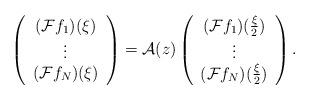
LaTeX: \begin{align*}\left ( \begin{array}{c} (\mathcal{F}f_{1})(\xi) \\ \vdots \\ (\mathcal{F}f_{N})(\xi) \end{array} \right ) = \mathcal{A}(z) \left ( \begin{array}{c} (\mathcal{F}f_{1})(\frac{\xi}{2}) \\ \vdots \\ (\mathcal{F}f_{N})(\frac{\xi}{2}) \end{array} \right ) .\end{align*}